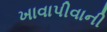
ખાવાપીવાની